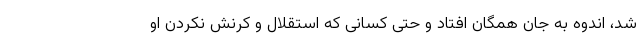
شد، اندوه به جان همگان افتاد و حتی کسانی که استقلال و کرنش نکردن او